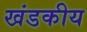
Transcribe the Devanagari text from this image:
खंडकीय